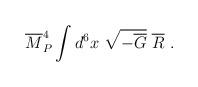
LaTeX: \begin{align*}{\overline M}_P^4\int d^6x~\sqrt{-{\overline G}}~{\overline R}~.\end{align*}